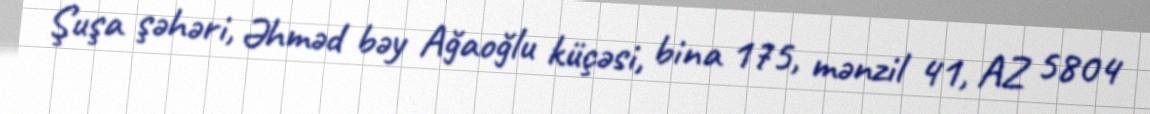
Şuşa şəhəri, Əhməd bəy Ağaoğlu küçəsi, bina 175, mənzil 41, AZ 5804